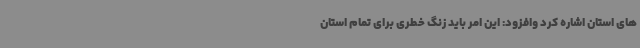
های استان اشاره کرد وافزود: این امر باید زنگ خطری برای تمام استان